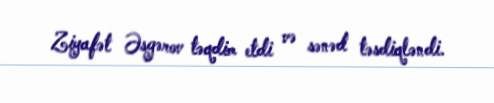
Ziyafət Əsgərov təqdim etdi və sənəd təsdiqləndi.